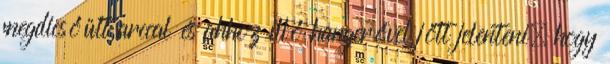
megdicsőült arccal és ahhoz illő hangerővel jött jelenteni, hogy